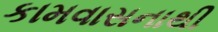
કામવાસનાથી